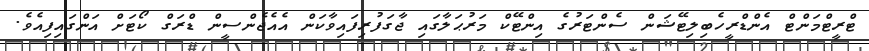
ޓްރީޓްމަންޓް އެންޑްރީހެބިލިޓޭޝަން ސެންޓަރުގެ އިންޓޭކް މަރުޙަލާގައި ޖާގަފުރިފައިވާކަން އެއެޖެންސީން ޑްރަގް ކޯޓަށް އަންގައިފިއެވެ.